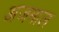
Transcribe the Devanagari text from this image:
अजमाल